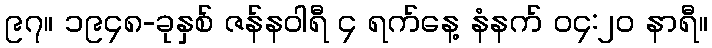
၉၇။ ၁၉၄၈-ခုနှစ် ဇန်နဝါရီ ၄ ရက်နေ့ နံနက် ၀၄:၂၀ နာရီ။